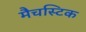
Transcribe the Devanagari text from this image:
मैचस्टिक